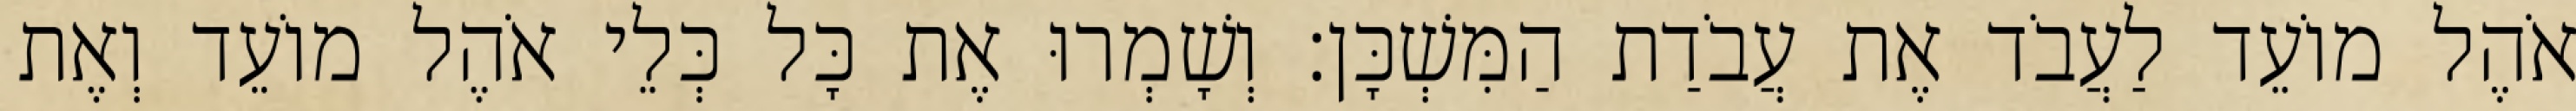
אֹהֶל מוֹעֵד לַעֲבֹד אֶת עֲבֹדַת הַמִּשְׁכָּן׃ וְשָׁמְרוּ אֶת כָּל כְּלֵי אֹהֶל מוֹעֵד וְאֶת